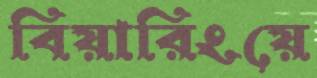
বিয়ারিংয়ে